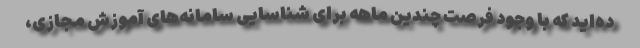
ده‌اید که با وجود فرصت چندین ماهه برای شناسایی سامانه‌های آموزش مجازی،